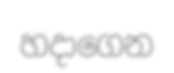
හදාගෙන